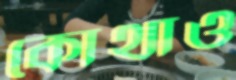
কোথাও